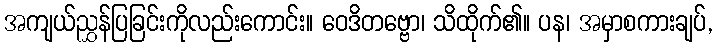
အကျယ်ညွှန်ပြခြင်းကိုလည်းကောင်း။ ဝေဒိတဗ္ဗော၊ သိထိုက်၏။ ပန၊ အမှာစကားချပ်,